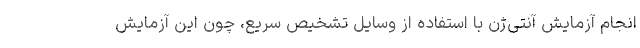
انجام آزمایش آنتی‌ژن با استفاده از وسایل تشخیص سریع، چون این آزمایش